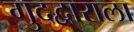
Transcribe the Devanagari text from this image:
गुदद्वाराला